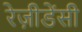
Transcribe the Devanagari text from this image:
रेज़ीडेंसी